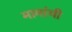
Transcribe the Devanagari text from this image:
मामांची